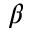
\beta